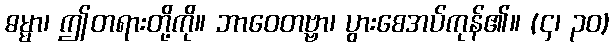
ဓမ္မာ၊ ဤတရားတို့ကို။ ဘာဝေတဗ္ဗာ၊ ပွားစေအပ်ကုန်၏။ (၄၊ ၃၀)